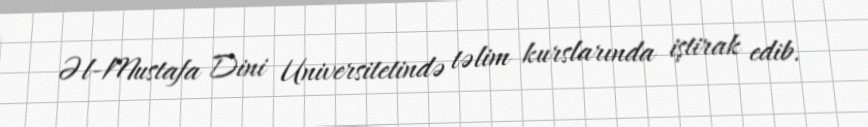
Əl-Mustafa Dini Universitetində təlim kurslarında iştirak edib.